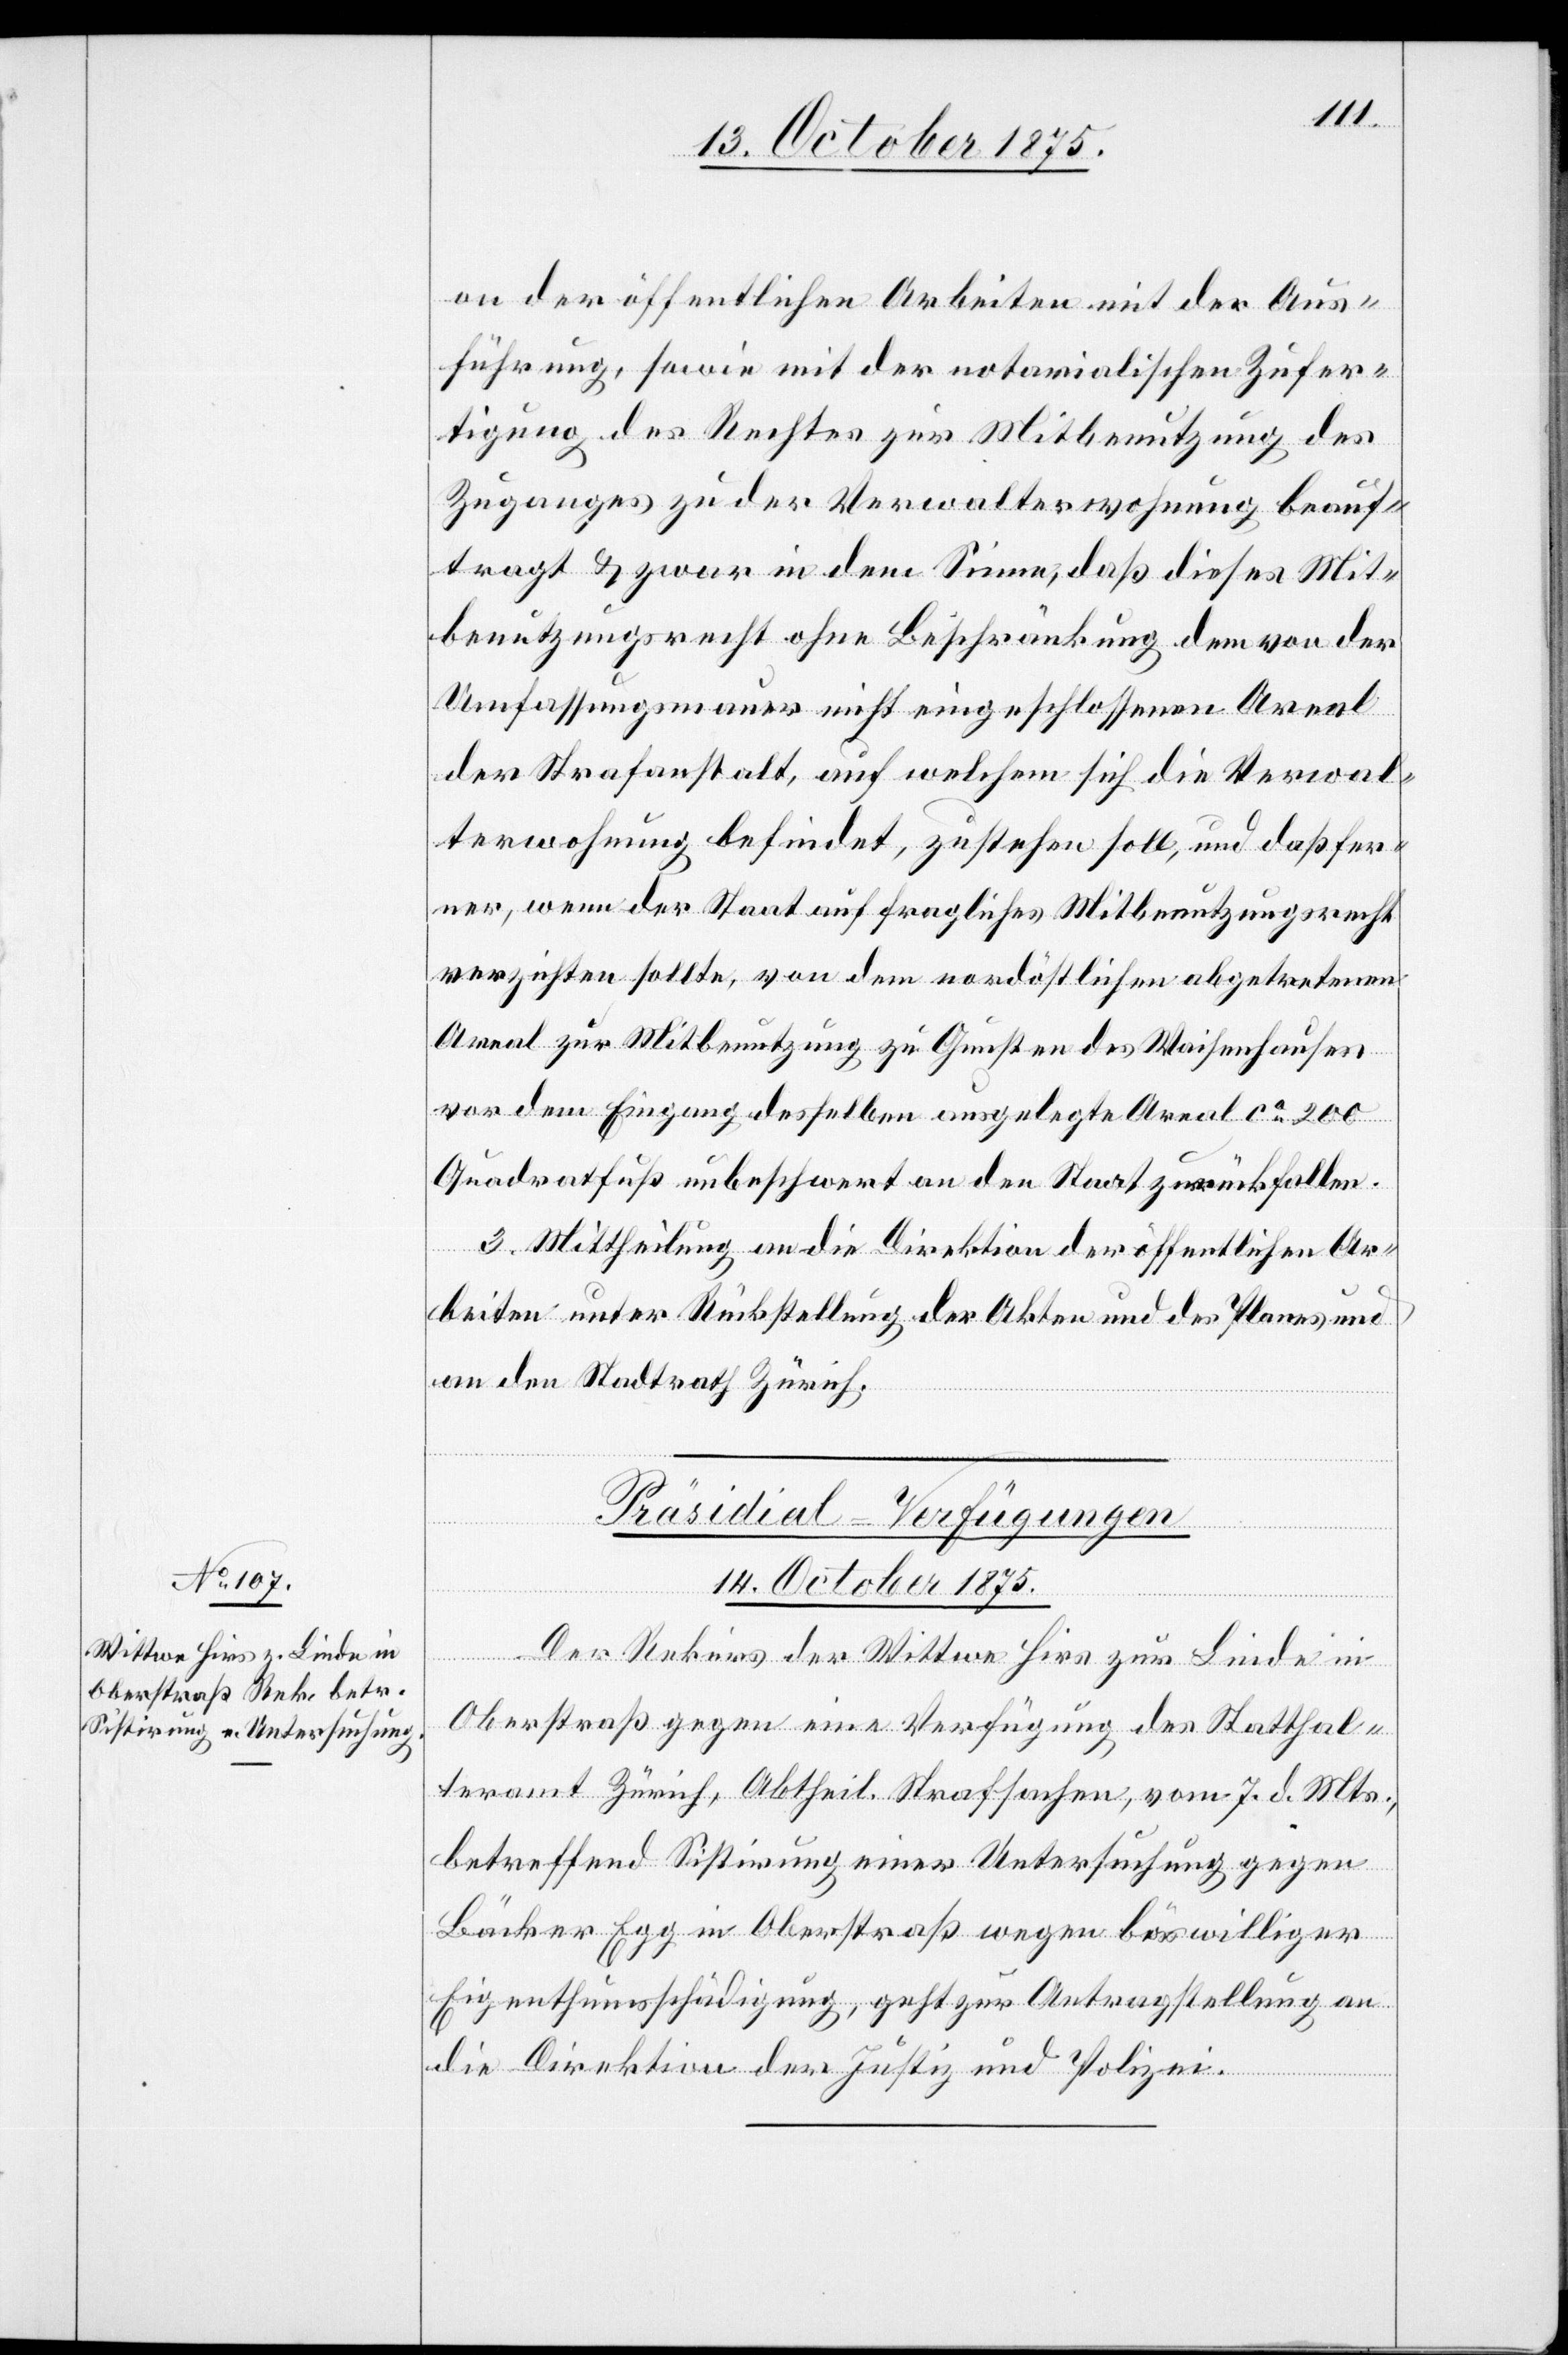
on der öffentlichen Arbeiten mit der Aus¬
führung, sowie mit der notarialischen Zufer¬
tigung des Rechtes zur Mitbenutzung des
Zuganges zu der Verwalterwohnung beauf¬
tragt & zwar in dem Sinne, daß dieses Mit¬
benutzungsrecht ohne Beschränkung dem von der
Umfassungsmauer nicht eingeschlossenen Areal
der Strafanstalt, auf welchem sich die Verwal¬
terwohnung befindet, zustehen soll, und daß fer¬
ner, wenn der Staat auf fragliches Mitbenutzungsrecht
verzichten sollte, von dem nordöstlichen abgetretenen
Areal zur Mitbenutzung zu Gunsten des Waisenhauses
vor dem Eingang desselben ausgelegte Areal ca 200
Quadratfuß unbeschwert an den Staat zurückfallen.
3. Mittheilung an die Direktion der öffentlichen Ar¬
beiten unter Rückstellung der Akten und des Planes und
an den Stadtrath Zürich.
Präsidial-Verfügungen.
14. October 1875.
Der Rekurs der Wittwe Hirs zur Linde in
Oberstraß gegen eine Verfügung des Statthal¬
teramt[s] Zürich, Abtheil. Strafsachen, vom 7. d. Mts.,
betreffend Sistirung einer Untersuchung gegen
Bäcker Egg in Oberstraß wegen böswilliger
Eigenthumsschädigung, geht zur Antragstellung an
die Direktion der Justiz und Polizei.